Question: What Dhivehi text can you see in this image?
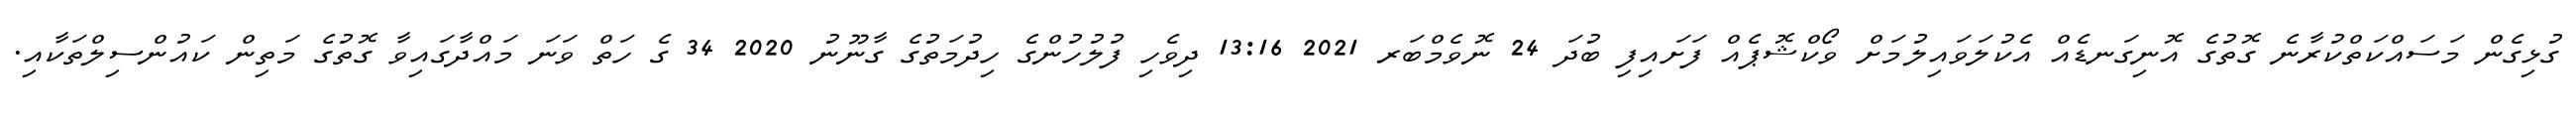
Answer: ގުޅިގެން މަސައްކަތްކުރާނެ ގޮތުގެ އޮނިގަނޑެއް އެކުލަވައިލުމަށް ވޯކްޝޮޕެއް ފަށައިފި ބުދަ 24 ނޮވެމްބަރ 2021 13:16 ދިވެހި ފުލުހުންގެ ހިދުމަތުގެ ގާނޫނު 2020 34 ގެ ހަތް ވަނަ މައްދާގައިވާ ގޮތުގެ މަތިން ކައުންސިލްތަކާއި.